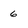
Character: 6